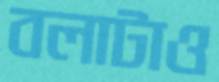
বলাটাও